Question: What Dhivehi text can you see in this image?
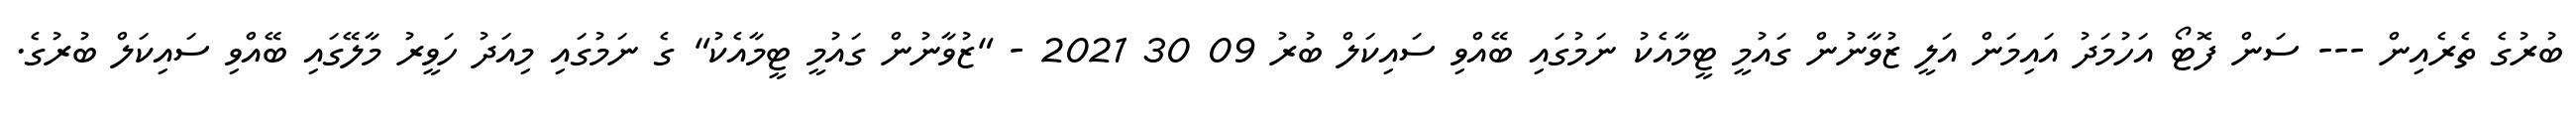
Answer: ބުރުގެ ތެރެއިން --- ސަން ފޮޓޯ އަހުމަދު އައިމަން އަލީ ޒުވާނުން ގައުމީ ޓީމާއެކު ނަމުގައި ބޭއްވި ސައިކަލް ބުރު 09 30 2021 - "ޒުވާނުން ގައުމީ ޓީމާއެކު" ގެ ނަމުގައި މިއަދު ހަވީރު މާލޭގައި ބޭއްވި ސައިކަލް ބުރުގެ.